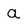
Character: a